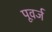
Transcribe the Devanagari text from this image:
पूवर्ज